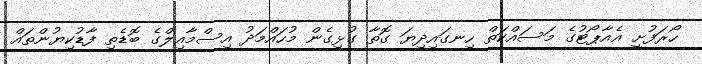
ހޯރަފުށީ އެއާޕޯޓުގެ މަސައްކަތް ހިނގައިދިޔަ ގޮތާ ގުޅިގެން މުހައްމަދު އިސްމާއިލްގެ ބޮޑެތި ފާޑުކިޔުންތައް